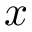
\boldsymbol { x }